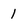
Character: 1